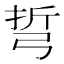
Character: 𢏨